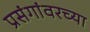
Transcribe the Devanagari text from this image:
प्रसंगांवरच्या